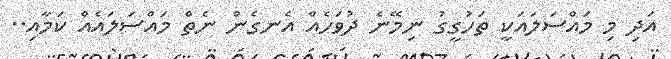
އަދި މި މައްސަލައަކީ ތަހުގީގު ނިމޭނެ ދުވަހެއް އެނގެން ނެތް މައްސަލައެއް ކަމާއި..